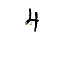
4